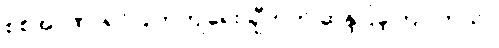
စစ်အာဏာရှင်ပြုတ်ကျရေး ချီတက် ဆန္ဒပြခဲ့ကြပါတယ်။